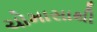
ચોમાસાથી